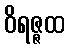
ဝိရဇ္ဇထ